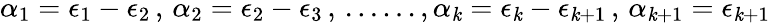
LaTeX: \alpha_{1}=\epsilon_{1}-\epsilon_{2}\, ,\, \alpha_{2}=\epsilon_{2}-\epsilon_{3}\, ,\, ......,\alpha_{\mathit{k}}=\epsilon_{\mathit{k}}-\epsilon_{\mathit{k}+1}\, ,\, \alpha_{\mathit{k}+1}=\epsilon_{\mathit{k}+1}